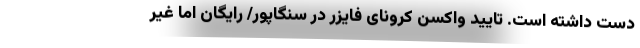
دست داشته است‌. تایید واکسن کرونای فایزر در سنگاپور/ رایگان اما غیر